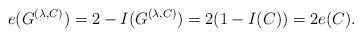
LaTeX: \begin{align*} e(G^{(\lambda,C)}) = 2-I(G^{(\lambda,C)}) = 2(1-I(C)) = 2e(C).\end{align*}